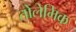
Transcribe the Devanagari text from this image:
तोलेमिक